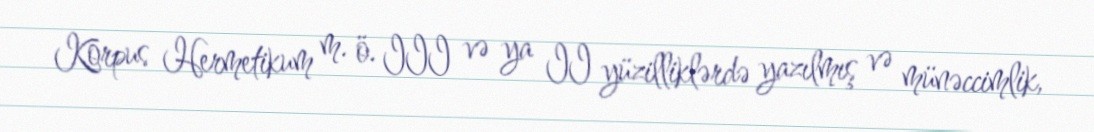
Korpus Hermetikum m. ö. III və ya II yüzilliklərdə yazılmış və münəccimlik,